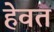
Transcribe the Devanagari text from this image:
हेवत